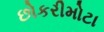
છોકરીમોટા